Plague in India, 1896, 1897 - Volume 1
Year: 1896
Disease focus: Plague
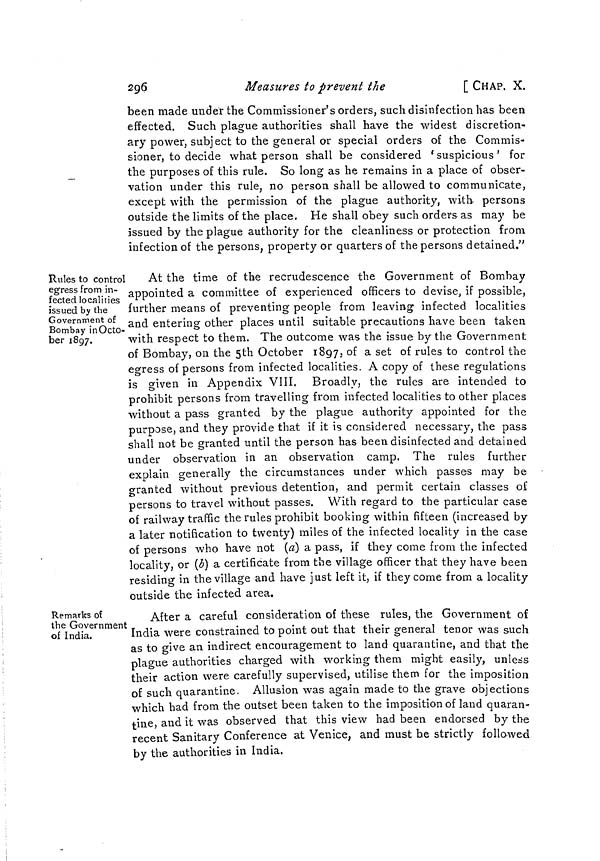
296
Measures to prevent the
[ CHAP. X.
been made under the Commissioner's orders, such disinfection has been
effected. Such plague authorities shall have the widest discretion-
ary power, subject to the general or special orders of the Commis-
sioner, to decide what person shall be considered 'suspicious' for
the purposes of this rule. So long as he remains in a place of obser-
vation under this rule, no person shall be allowed to communicate,
except with the permission of the plague authority, with persons
outside the limits of the place. He shall obey such orders as may be
issued by the plague authority for the cleanliness or protection from
infection of the persons, property or quarters of the persons detained."
Rules to control
egress from in-
fected localities
issued by the
Government of
Bombay in Oct-
ber 1897.
[
At the time of the recrudescence the Government of Bombay
appointed a committee of experienced officers to devise, if possible,
further means of preventing people from leaving infected localities
and entering other places until suitable precautions have been taken
with respect to them. The outcome was the issue by the Government
of Bombay, on the 5th October 1897, of a set of rules to control the
egress of persons from infected localities. A copy of these regulations
is given in Appendix VIII. Broadly, the rules are intended to
prohibit persons from travelling from infected localities to other places
without a pass granted by the plague authority appointed for the
purpose, and they provide that if it is considered necessary, the pass
shall not be granted until the person has been disinfected and detained
under observation in an observation camp. The rules further
explain generally the circumstances under which passes may be
granted without previous detention, and permit certain classes of
persons to travel without passes. With regard to the particular case
of railway traffic the rules prohibit booking within fifteen (increased by
a later notification to twenty) miles of the infected locality in the case
of persons who have not (a) a pass, if they come from the infected
locality, or (b) a certificate from the village officer that they have been
residing in the village and have just left it, if they come from a locality
outside the infected area.
Remarks of
the Government
of India.
After a careful consideration of these rules, the Government of
India were constrained to point out that their general tenor was such
as to give an indirect encouragement to land quarantine, and that the
plague authorities charged with working them might easily, unless
their action were carefully supervised, utilise them for the imposition
of such quarantine. Allusion was again made to the grave objections
which had from the outset been taken to the imposition of land quaran-
tine, and it was observed that this view had been endorsed by the
recent Sanitary Conference at Venice, and must be strictly followed
by the authorities in India.